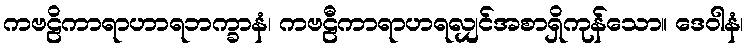
ကဗဠိကာရာဟာရဘက္ခာနံ၊ ကဗဠီကာရာဟရလျှင်အစာရှိကုန်သော။ ဒေဝါနံ၊